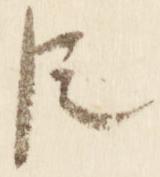
臣